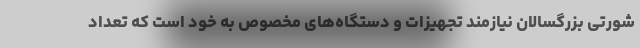
شورتی بزرگسالان نیازمند تجهیزات و دستگاه‌های مخصوص به خود است که تعداد